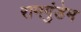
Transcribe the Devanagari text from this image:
रामगुंडेम